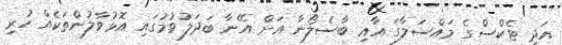
އަދި ޓެކްސްގެ މައްސަލާގަ އާއި ބާސެލޯނާ އަށް އޭނާ ބަދަލުވުމުގައި އޮޅުވާލުންތަކެއް ހުރި